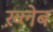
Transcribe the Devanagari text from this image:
ख़्लेब